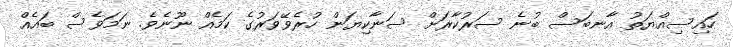
ހައިސިއްޔަތު އާނބަސް ބުނެ ސަރުކާރަށް ސަނާކިޔަން ހުރެވޭވަރުގެ ކަމެއް ނޫނެވެ. ނަމަވެސް ބައެއް